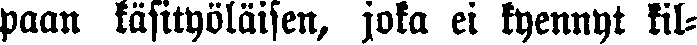
paan käsityöläisen, joka ei kyennyt kil-